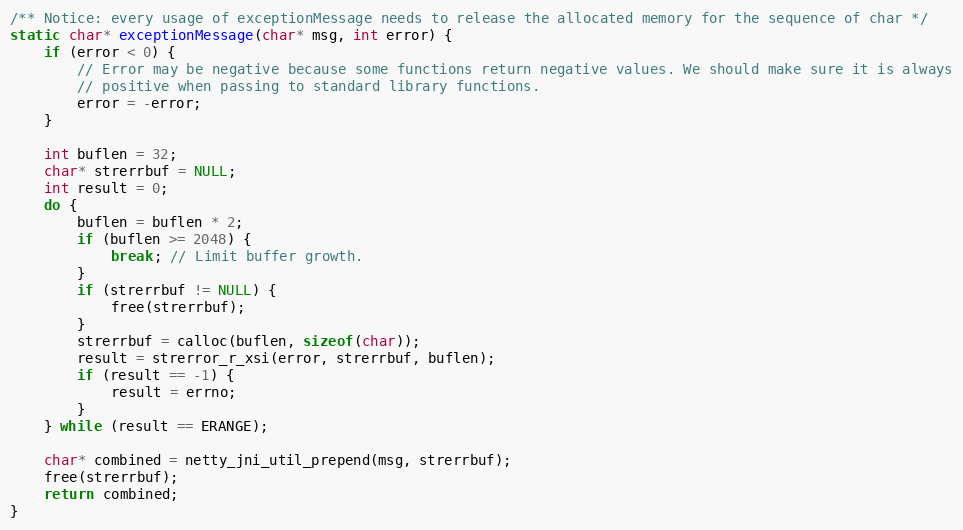
Language: C
/** Notice: every usage of exceptionMessage needs to release the allocated memory for the sequence of char */
static char* exceptionMessage(char* msg, int error) {
    if (error < 0) {
        // Error may be negative because some functions return negative values. We should make sure it is always
        // positive when passing to standard library functions.
        error = -error;
    }

    int buflen = 32;
    char* strerrbuf = NULL;
    int result = 0;
    do {
        buflen = buflen * 2;
        if (buflen >= 2048) {
            break; // Limit buffer growth.
        }
        if (strerrbuf != NULL) {
            free(strerrbuf);
        }
        strerrbuf = calloc(buflen, sizeof(char));
        result = strerror_r_xsi(error, strerrbuf, buflen);
        if (result == -1) {
            result = errno;
        }
    } while (result == ERANGE);

    char* combined = netty_jni_util_prepend(msg, strerrbuf);
    free(strerrbuf);
    return combined;
}